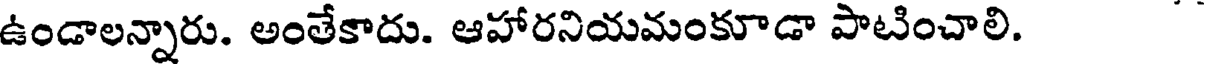
ఉండాలన్నారు. అంతేకాదు. ఆహారనియమంకూడా పాటించాలి.